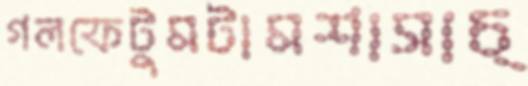
গলফেটুমটামশাসাচ্